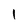
Character: 1